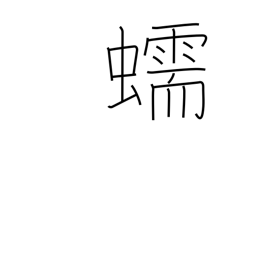
Meaning: crawling of a worm